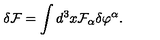
\delta { \cal F } = \int d ^ { 3 } x { \cal F } _ { \alpha } \delta \varphi ^ { \alpha } .